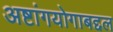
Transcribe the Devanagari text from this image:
अष्टांगयोगाबद्दल